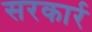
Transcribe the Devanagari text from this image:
सरकार्र